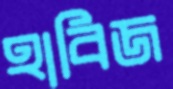
হাবিজ